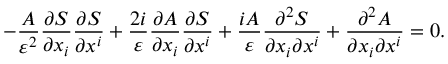
- { \frac { A } { \varepsilon ^ { 2 } } } { \frac { \partial S } { \partial x _ { i } } } { \frac { \partial S } { \partial x ^ { i } } } + { \frac { 2 i } { \varepsilon } } { \frac { \partial A } { \partial x _ { i } } } { \frac { \partial S } { \partial x ^ { i } } } + { \frac { i A } { \varepsilon } } { \frac { \partial ^ { 2 } S } { \partial x _ { i } \partial x ^ { i } } } + { \frac { \partial ^ { 2 } A } { \partial x _ { i } \partial x ^ { i } } } = 0 .